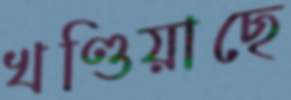
খণ্ডিয়াছে